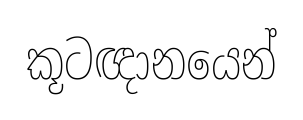
කූටඥානයෙන්